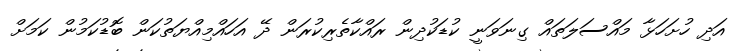
އަދި ހުށަހަޅާ މައްސަލަތައް ގިނަވަނީ ކުޑަކުދިން ރައްކާތެރިކުރަން ދޭ އަހައްމިއްޔަތުކަން ބޮޑުކަމުން ކަމަށް